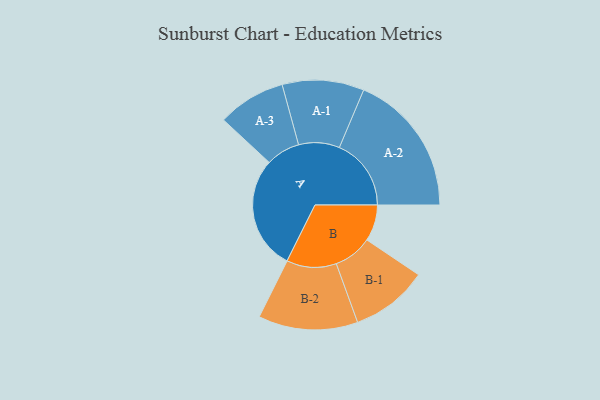
{"axis": {"x": "Segment", "y": "Value"}, "legend": ["", "A", "B"], "data": [{"x": "A", "y": 398, "type": ""}, {"x": "B", "y": 127, "type": ""}, {"x": "A-1", "y": 143, "type": "A"}, {"x": "A-2", "y": 251, "type": "A"}, {"x": "A-3", "y": 119, "type": "A"}, {"x": "B-1", "y": 135, "type": "B"}, {"x": "B-2", "y": 174, "type": "B"}]}